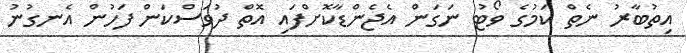
އިތުބާރު ނެތް ކަމުގެ ވޯޓު ނަގަން އެޖެންޑާކޮށްފައި އޮތް ދުވަސްކަން ފަހުން އެނގުނު